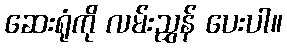
ဆေးရုံကို လမ်းညွှန် ပေးပါ။